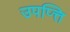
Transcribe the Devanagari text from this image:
उपप्त्ति